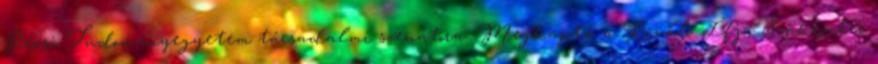
Pécsi Tudományegyetem társadalmi szenátora. Megkapta a Kiváló Ifjú Szakember